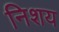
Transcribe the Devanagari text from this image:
निशय